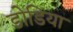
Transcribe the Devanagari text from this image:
डोडिया